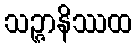
သဉ္ဇာနိဿထ